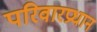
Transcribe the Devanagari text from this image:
परिवारप्रधान